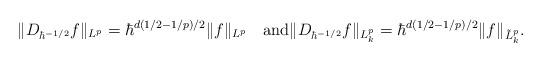
LaTeX: \begin{align*}\|D_{\hbar^{-1/2}} f\|_{L^p}=\hbar^{d(1/2-1/p)/2}\|f\|_{L^p}\quad{\rm and}\|D_{\hbar^{-1/2}} f\|_{L^p_k}=\hbar^{d(1/2-1/p)/2}\|f\|_{\tilde{L}^p_k}.\end{align*}